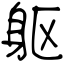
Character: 躯